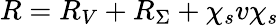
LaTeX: R=R_{V}+R_{\Sigma}+\chi_{s}v\chi_{s}